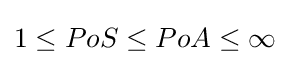
1\leq PoS\leq PoA\leq \infty